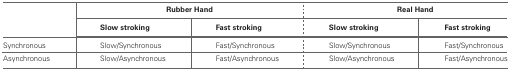
|  | <COLSPAN=2> Rubber Hand | <COLSPAN=2> Real Hand |
 |  | Slow stroking | Fast stroking | Slow stroking | Fast stroking |
 | --- | --- | --- | --- | --- |
 | Synchronous | Slow/Synchronous | Fast/Synchronous | Slow/Synchronous | Fast/Synchronous |
 | Asynchronous | Slow/Asynchronous | Fast/Asynchronous | Slow/Asynchronous | Fast/Asynchronous |